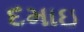
દમાઇ